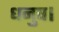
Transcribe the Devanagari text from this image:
धनुष।